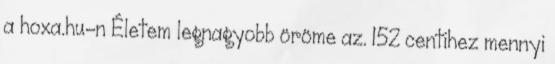
a hoxa.hu-n Életem legnagyobb öröme az. 152 centihez mennyi